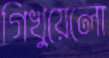
গিখুয়েলো